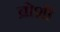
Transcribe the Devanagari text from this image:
ब्रोशी